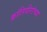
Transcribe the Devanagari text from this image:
क्रांतिवीरांच्या